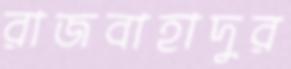
রাজবাহাদুর